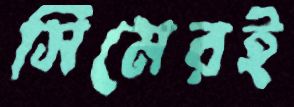
সিমেরই